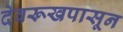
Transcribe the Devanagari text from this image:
देवरूखपासून